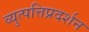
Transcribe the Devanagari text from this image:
व्युत्पत्तिप्रदर्शन